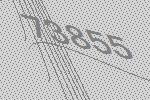
73855